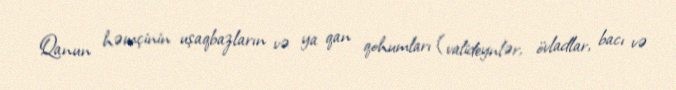
Qanun həmçinin uşaqbazların və ya qan qohumları (valideynlər, övladlar, bacı və